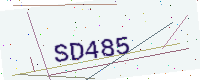
Text: SD485